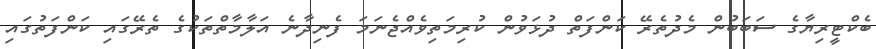
ބެކްޓީރިޔާގެ ސަބަބުން މެދުތެރޭ ކަންފަތް ދުޅަވުން ކުރިމަތިވެއްޖެނަމަ ފެނިދާނެ އަލާމާތްތަކުގެ ތެރޭގައި ކަންފަތުގައި